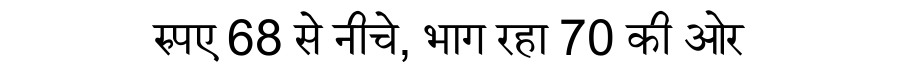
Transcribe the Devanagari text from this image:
रुपए 68 से नीचे, भाग रहा 70 की ओर